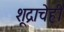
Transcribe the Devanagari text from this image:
शूद्राचेही